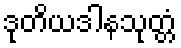
ဒုတိယဒါနသုတ္တံ